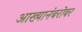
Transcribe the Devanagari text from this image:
आख्यानंबरोबर